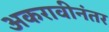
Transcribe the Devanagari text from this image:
अकरावीनंतर